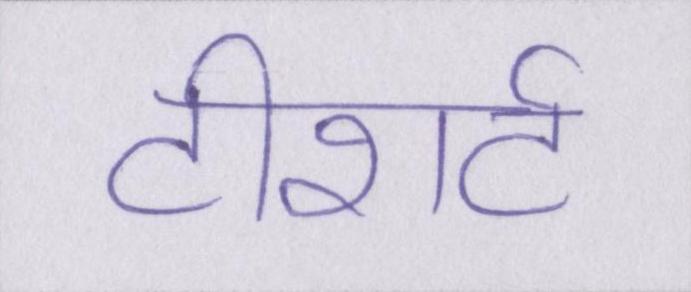
टीशर्ट